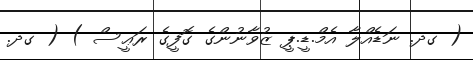
( ގދ. ނަޑެއްލާ އެމް.ޑީ.ޕީ ޒުވާނުންގެ ގޮފީގެ ރަޢީސް ) ( ގދ.